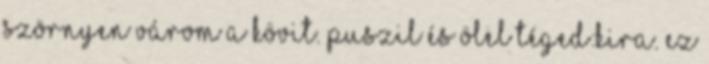
szörnyen várom a kövit. Puszil és ölel téged:Kira. Ez